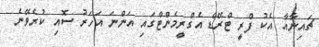
ޗައިނާއާ އެކު ފްރީ ޓްރޭޑް އެގްރީމެންޓްގައި އަންނަ އަހަރު ސޮއި ކުރެވޭނެ